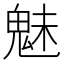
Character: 魅